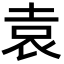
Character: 袁